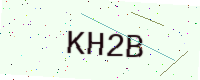
Text: KH2B